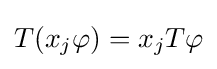
T(x_{j}\varphi )=x_{j}T\varphi